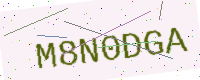
Text: M8N0DGA